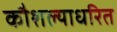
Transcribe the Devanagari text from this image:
कौशल्याधरित